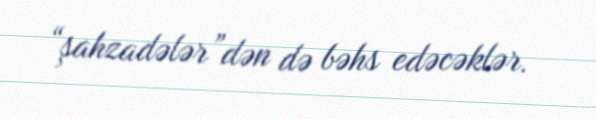
“şahzadələr”dən də bəhs edəcəklər.